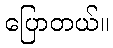
ပြောတယ်။